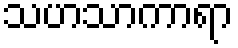
သဟသာကာရာ